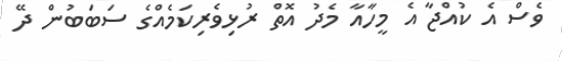
ވެސް އެ ކުއްޖާ އެ މީހާއާ މެދު އޮތް ރުޅިވެރިކަމެއްގެ ސަބަބުން ދޭ